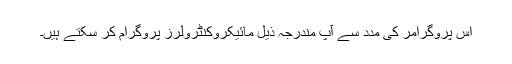
اس پروگرامر کی مدد سے آپ مندرجہ ذیل مائیکروکنٹرولرز پروگرام کر سکتے ہیں۔